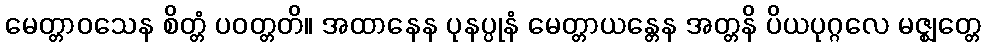
မေတ္တာဝသေန စိတ္တံ ပဝတ္တတိ။ အထာနေန ပုနပ္ပုနံ မေတ္တာယန္တေန အတ္တနိ ပိယပုဂ္ဂလေ မဇ္ဈတ္တေ